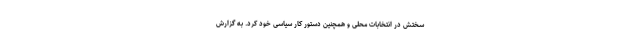
سختش در انتخابات محلی و همچنین دستور کار سیاسی خود کرد. به گزارش